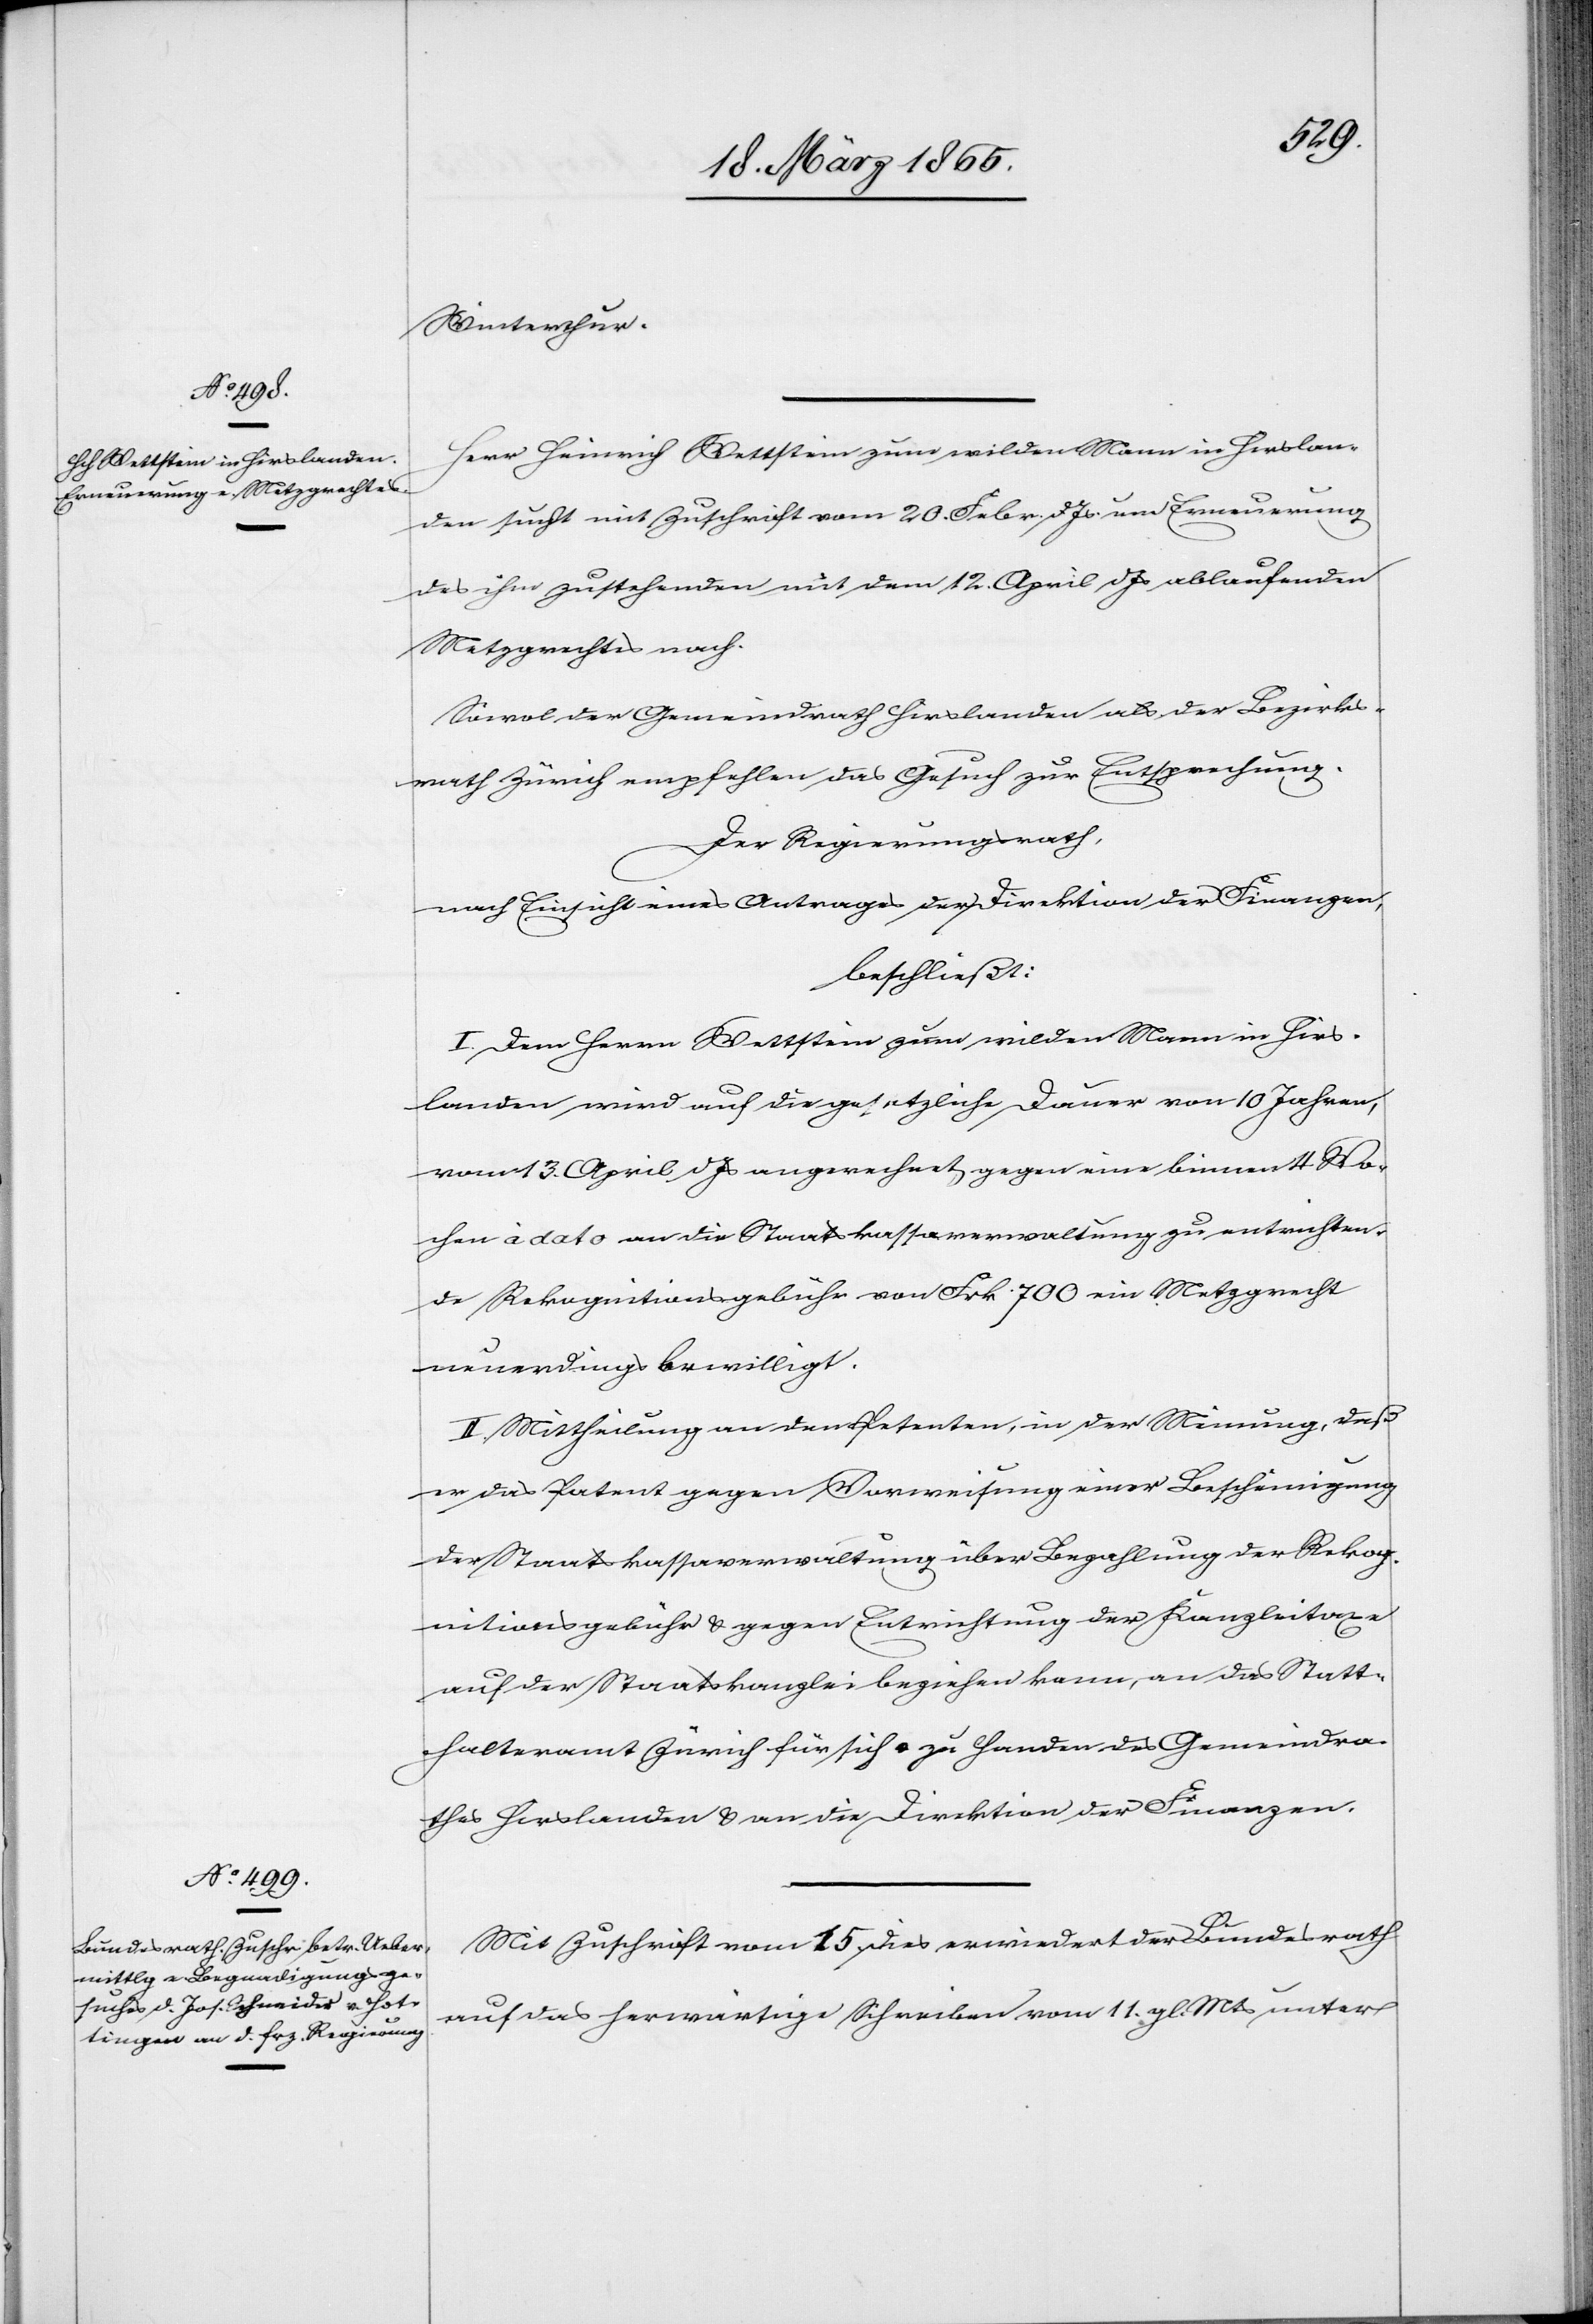
Winterthur.
Herr Heinrich Wettstein zum wilden Mann in Hirslan¬
den sucht mit Zuschrift vom 20. Gebr. d. Js. um Erneuerung
des ihm zustehenden mit dem 12. April d Js ablaufenden
Metzgrechtes nach.
Sowol der Gemeindrath Hirslanden als der Bezirks¬
rath Zürich empfehlen das Gesuch zur Entsprechung.
Der Regierungsrath,
nach Einsicht eines Antrages der Direktion der Finanzen,
beschließt:
I. Dem Herrn Wettstein zum wilden Mann in Hirs¬
landen wird auf die gesetzliche Dauer von 10 Jahren
vom 3. April d Js angerechnet gegen eine binnen 4 Wo¬
chen a dato an die Staatskassaverwaltung zu entrichten¬
de Rekognitionsgebühr von Frk 700 ein Metzgrecht
neuerdings bewilligt.
II. Mittheilung an den Petenten, in der Meinung, daß
er das Patent gegen Vorweisung einer Bescheinigung
der Staatskassaverwaltung über Bezahlung der Rekog¬
nitionsgebühr & gegen Entrichtung der Kanzleitaxe
auf der Staatskanzlei beziehen kann, an das Statt¬
halteramt Zürich für sich u. zu Handen des Gemeindra¬
thes Hirslanden & an die Direktion der Finanzen.
Mit Zuschrift vom 15 dies erwiedert der Bundesrath
auf das herwärtige Schreiben vom 11. gl. Mts unter